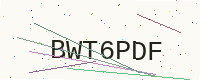
Text: BWT6PDF